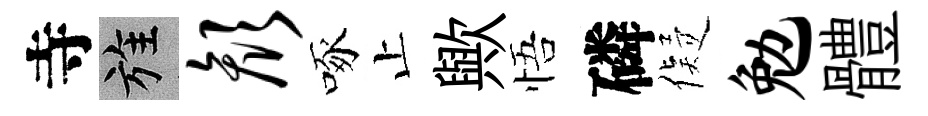
寺旌颜啄止歟悟磷儗勉體